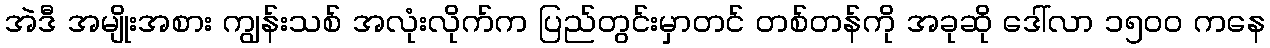
အဲဒီ အမျိုးအစား ကျွန်းသစ် အလုံးလိုက်က ပြည်တွင်းမှာတင် တစ်တန်ကို အခုဆို ဒေါ်လာ ၁၅၀၀ ကနေ